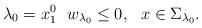
LaTeX: \begin{align*}\lambda_0=x_1^0 ~~w_{\lambda_0}\leq0,~~x\in\Sigma_{\lambda_0}.\qquad\quad\quad\end{align*}